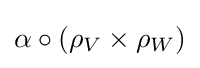
\alpha \circ (\rho _{V}\times \rho _{W})